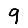
Digit: 9